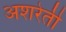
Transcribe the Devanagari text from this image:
अशरेती